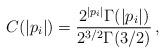
LaTeX: \begin{align*}C(|p_i|)=\frac{2^{|p_i|}\Gamma(|p_i|)}{2^{3/2}\Gamma(3/2)} \,,\end{align*}